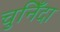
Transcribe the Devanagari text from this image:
चुनिँदा